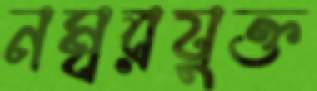
নম্বরযুক্ত